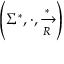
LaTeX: \left( \Sigma ^ { * } , \cdot , { \xrightarrow [ { R } ] { * } } \right)